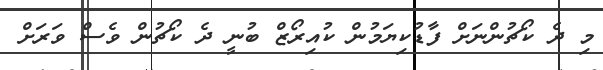
މި ދެ ކޯޗުންނަށް ފާޑުކިޔަމުން ކުއިރޯޒް ބުނީ ދެ ކޯޗުން ވެސް ވަރަށް